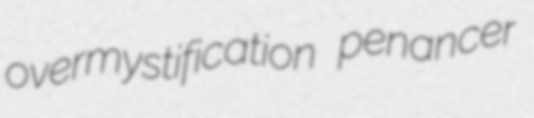
overmystification penancer